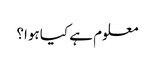
معلوم ہے کیا ہوا؟